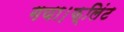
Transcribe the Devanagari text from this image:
गया।फ्लिंट